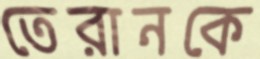
তেরানকে